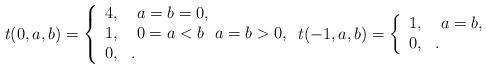
LaTeX: \begin{align*}t(0,a,b)=\left\{\begin{array}{cl}4, & \ a=b=0, \\1, & \ 0=a<b\ \ a=b>0, \\0, & .\end{array}\right. t(-1,a,b)=\left\{\begin{array}{cl}1, & \ a=b, \\0, & .\end{array}\right.\end{align*}